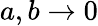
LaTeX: a,b\rightarrow 0